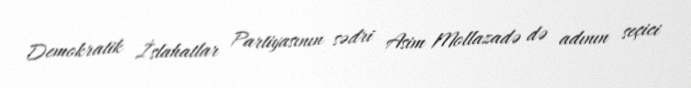
Demokratik İslahatlar Partiyasının sədri Asim Mollazadə də adının seçici